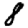
Digit: 8